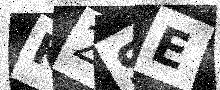
Text: K2SE